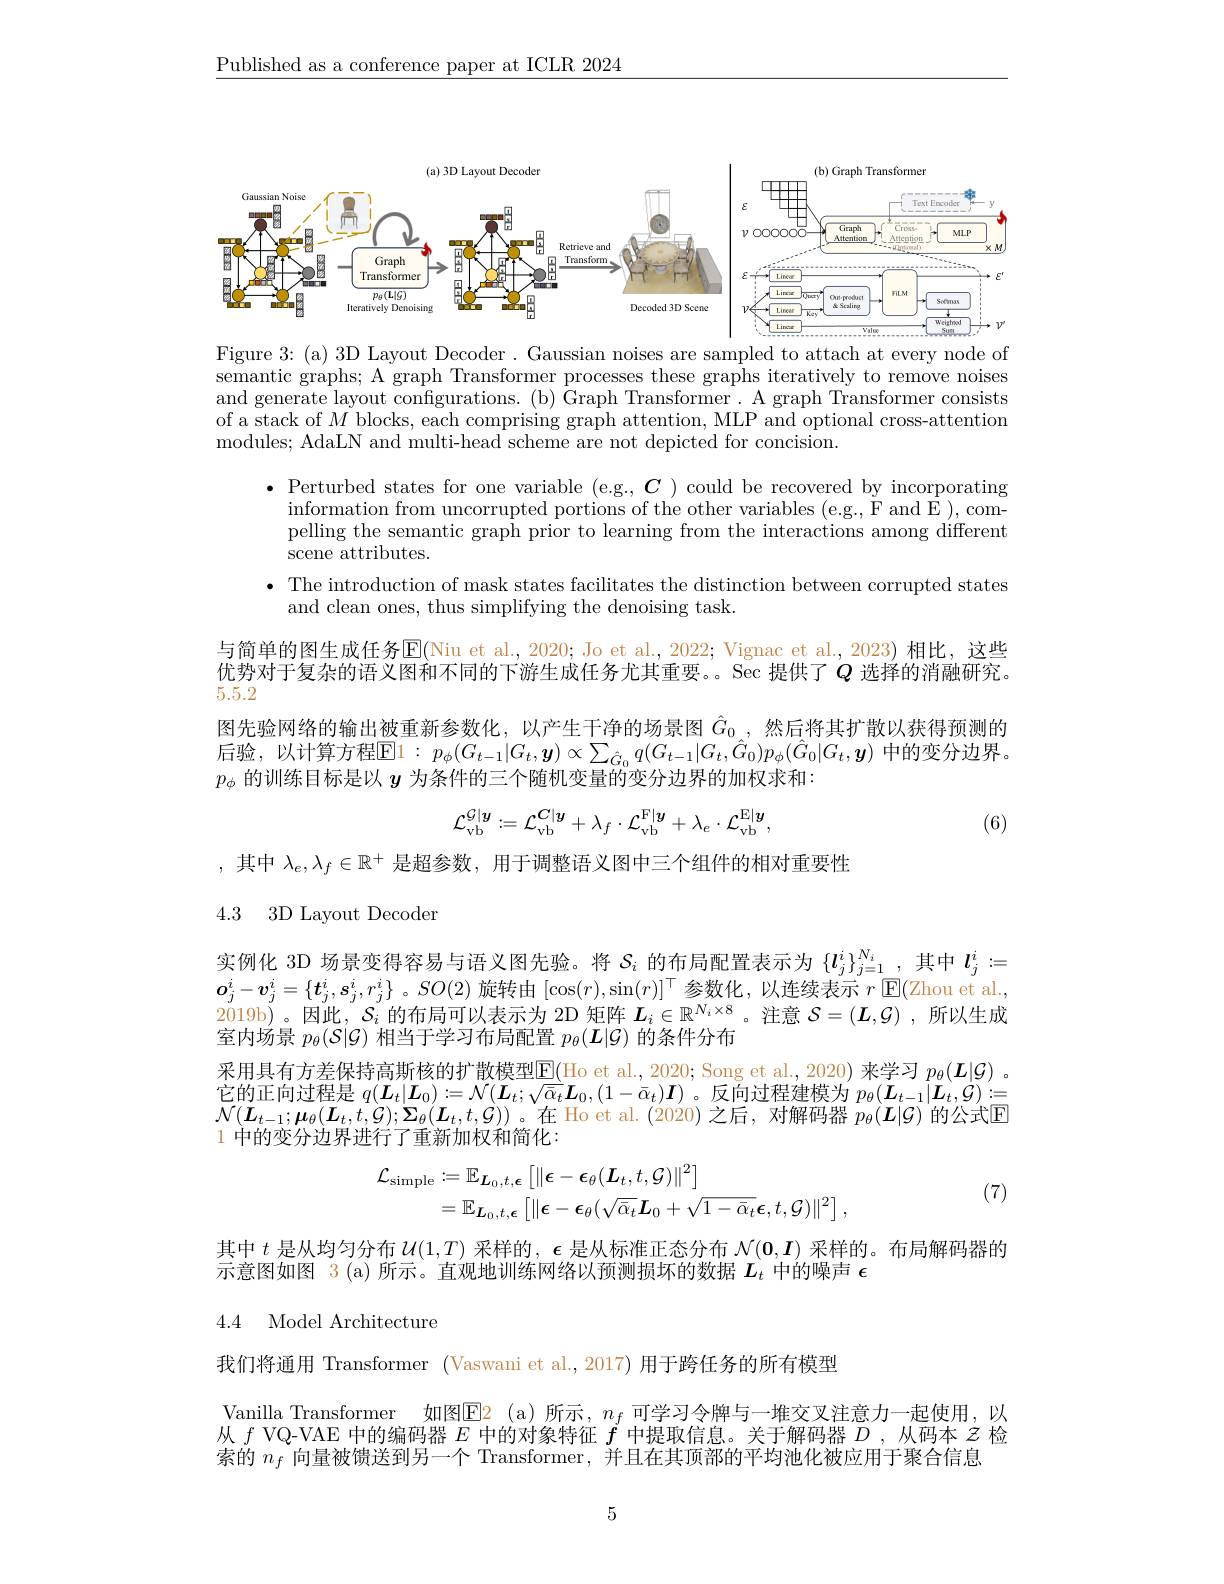
$\underline{\text{Published as a conference paper at ICLR 2024}}$

<FigureHere>
Figure 3: (a) 3D Layout Decoder. Gaussian noises are sampled to attach at every node of

semantic graphs; A graph Transformer processes these graphs iteratively to remove noises and generate layout configurations. (b) Graph Transformer. A graph Transformer consists of a stack of $M$ blocks, each comprising graph attention, MLP and optional cross-attention modules; AdaLN and multi-head scheme are not depicted for concision.

$\bullet$ Perturbed states for one variable (e.g., $\boldsymbol C)$ could be recovered by incorporating
pelling the semantic graph prior to learning from the interactions among different scene attributes.
· The introduction of mask states facilitates the distinction between corrupted states
and clean ones, thus simplifying the denoising task.
与简单的图生成任务$\operatorname{E}($Niu et al., 2020; Jo et al., 2022; Vignac et al., 2023) 相比，这些优势对于复杂的语义图和不同的下游生成任务尤其重要。Sec 提供了$Q$ 选择的消融研究。5.5.2
图先验网络的输出被重新参数化，以产生干净的场景图$\hat{G}_0$ ,然后将其扩散以获得预测的后验，以计算方程$\overline{\mathrm{E}}1:p_\phi(G_{t-1}|G_t,\boldsymbol{y})\propto\sum_{\hat{G}_0}q(G_{t-1}|G_t,\hat{G}_0)p_\phi(\hat{G}_0|G_t,\boldsymbol{y})$ 中的变分边界。$p_\phi$的训练目标是以$y$为条件的三个随机变量的变分边界的加权求和：
$$\mathcal{L}_{\mathrm{vb}}^{\mathcal{G}|y}:=\mathcal{L}_{\mathrm{vb}}^{C|y}+\lambda_{f}\cdot\mathcal{L}_{\mathrm{vb}}^{\mathrm{F}|\boldsymbol{y}}+\lambda_{e}\cdot\mathcal{L}_{\mathrm{vb}}^{\mathrm{E}|\boldsymbol{y}},$$
(6)

,其中$\lambda_e,\lambda_f\in\mathbb{R}^+$是超参数，用于调整语义图中三个组件的相对重要性

4.3 3D Layout Decoder

实例化 3D 场景变得容易与语义图先验。将$S_i$的布局配置表示为$\{l_j^i\}_{j=1}^{N_i}$,其中$l_j^i:=$ $\boldsymbol{o}_j^i-\boldsymbol{v}_j^i=\{\boldsymbol{t}_j^i,\boldsymbol{s}_j^i,r_j^i\}$ 。$SO(2)$旋转由$[\cos(r),\sin(r)]^\top$参数化，以连续表示$r$ $\operatorname{E}($Zhou et al., 2019b)。因此，$\mathcal{S}_i$的布局可以表示为 2D 矩阵$\boldsymbol L_i\in\mathbb{R}^{N_i\times8}$。注意$\mathcal{S}=(\boldsymbol{L},\mathcal{G})$ ,所以生成室内场景$p_\theta(\mathcal{S}|\mathcal{G})$相当于学习布局配置$p_\theta(\boldsymbol{L}|\mathcal{G})$的条件分布

采用具有方差保持高斯核的扩散模型E(Ho et al.,2020; Song et al., 2020) 来学习 $p_\theta(\boldsymbol{L}|\mathcal{G})$ 。它 的 正 向 过 程 是 $q( \boldsymbol{L}_{t}| \boldsymbol{L}_{0}) : = \mathcal{N} ( \boldsymbol{L}_{t}; \sqrt {\overline {\alpha }_{t}}\boldsymbol{L}_{0}, ( 1- \bar{\alpha } _{t}) \boldsymbol{I})$。反 向 过 程 建 模 为 $p_{\theta }( \boldsymbol{L}_{t- 1}| \boldsymbol{L}_{t}, \mathcal{G} ) : =$ $\mathcal{N} ( \boldsymbol{L}_{t- 1}; \boldsymbol{\mu }_{\theta }( \boldsymbol{L}_{t}, t, \mathcal{G} ) ; \Sigma _{\theta }( \boldsymbol{L}_{t}, t, \mathcal{G} ) )$。在 Ho et al. (2020) 之 后 , 对 解 码 器 $p_{\theta }( \boldsymbol{L}| \mathcal{G} )$ 的 公 式 E 1 中的变分边界进行了重新加权和简化：
$$\begin{aligned}\mathcal{L}_{\mathrm{simple}}&:=\mathbb{E}_{\boldsymbol{L}_{0},t,\boldsymbol{\epsilon}}\left[\|\boldsymbol{\epsilon}-\boldsymbol{\epsilon}_{\theta}(\boldsymbol{L}_{t},t,\mathcal{G})\|^{2}\right]\\&=\mathbb{E}_{\boldsymbol{L}_{0},t,\boldsymbol{\epsilon}}\left[\|\boldsymbol{\epsilon}-\boldsymbol{\epsilon}_{\theta}(\sqrt{\bar{\alpha}_{t}}\boldsymbol{L}_{0}+\sqrt{1-\bar{\alpha}_{t}}\boldsymbol{\epsilon},t,\mathcal{G})\|^{2}\right],\end{aligned}$$
(7)

其中$t$是从均匀分布$\mathcal{U}(1,T)$采样的$,\boldsymbol\epsilon$是从标准正态分布$\mathcal{N}(\mathbf{0},\boldsymbol{I})$采样的。布局解码器的
示意图如图 3(a)所示。直观地训练网络以预测损坏的数据$L_t$中的噪声$\epsilon$

## 4.4 Model Architecture

我们将通用 Transformer (Vaswani et al.,2017) 用于跨任务的所有模型

Vanilla Transformer 如图$\mathbb{E}_2$ (a)所示，$n_f$可学习令牌与一堆交叉注意力一起使用，以从$f$ VQ-VAE 中的编码器$E$中的对象特征$f$中提取信息。关于解码器$D$ ,从码本$z$检索的$n_f$向量被馈送到另一个 Transformer.并目在其顶部的平均池化被应用干聚合信息

5